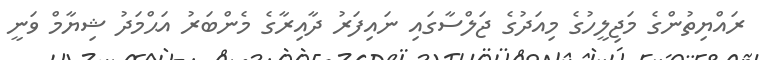
ރައްޔިތުންގެ މަޖިލީހުގެ މިއަދުގެ ޖަލްސާގައި ނައިފަރު ދާއިރާގެ މެންބަރު އަޙްމަދު ޝިޔާމް ވަނީ